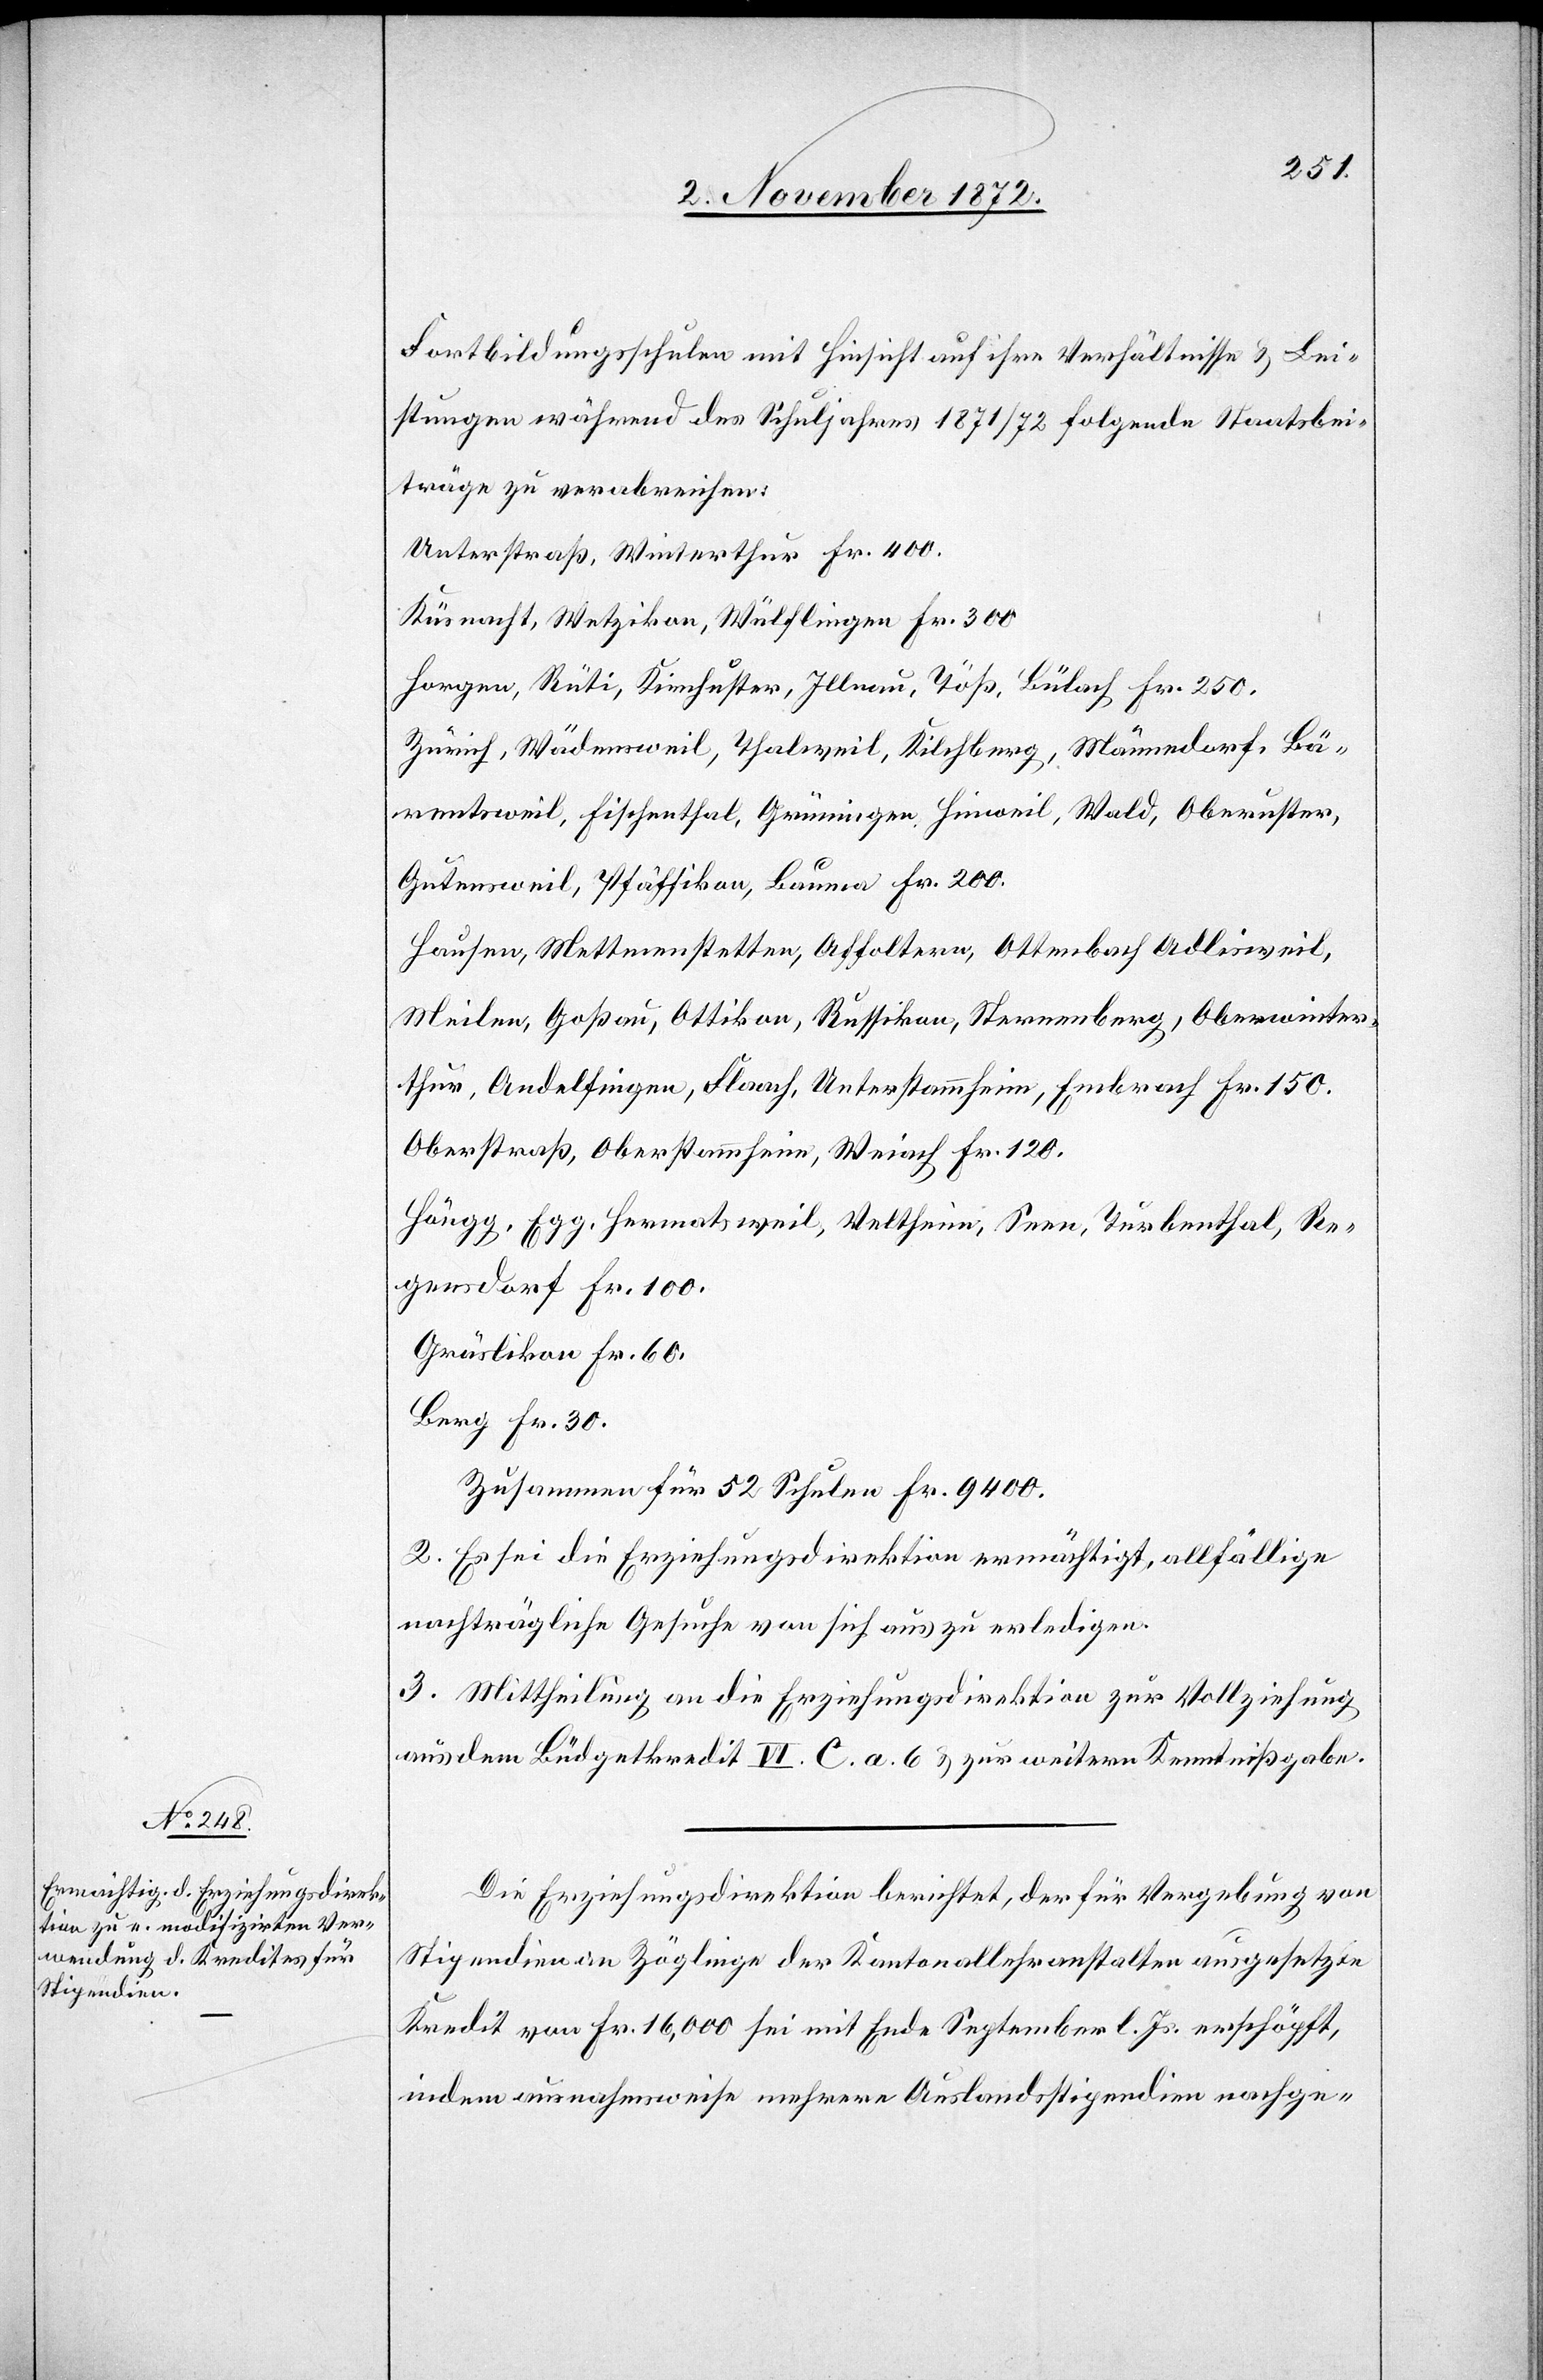
Fortbildungsschulen mit Hinsicht auf ihre Verhältnisse u. Lei¬
stungen während des Schuljahres 1871/72 folgende Staatsbei¬
träge zu verabreichen:
Unterstraß, Winterthur Fr. 400.
Küsnacht, Wetzikon, Wülflingen Fr. 300.
Horgen, Rüti, Kirchuster, Illnau, Töß, Bülach Fr. 250.
Zürich, Wädensweil, Thalweil, Kilchberg, Männedorf, Bä¬
rentsweil, Fischenthal, Grüningen, Hinweil, Wald, Oberuster,
Gutensweil, Pfäffikon, Bauma Fr. 200.
Hausen, Mettmenstetten, Affoltern, Ottenbach, Adlisweil,
Meilen, Goßau, Ottikon, Russikon, Sternenberg, Oberwinter¬
thur, Andelfingen, Flaach, Unterstammheim, Embrach Fr. 150.
Oberstraß, Oberstammheim, Weiach Fr. 120.
Höngg, Egg, Hermatsweil, Veltheim, Seen, Turbenthal, Re¬
gensdorf Fr. 100.
Gräslikon Fr. 60.
Berg Fr. 30.
Zusammen für 52 Schulen Fr. 9400.
2. Es sei die Erziehungsdirektion ermächtigt, allfällige
nachträgliche Gesuche von sich aus zu erledigen.
3. Mittheilung an die Erziehungsdirektion zur Vollziehung
aus dem Büdgetkredit VI. C. a. 6 u. zur weitern Kenntnißgabe.
Die Erziehungsdirektion berichtet, der für Vergebung von
Stipendien an Zöglinge der Kantonallehranstalten ausgesetzte
Kredit von Fr. 16,000 sei mit Ende September l. Js. erschöpft,
indem ausnahmsweise mehrere Auslandsstipendien nachge-